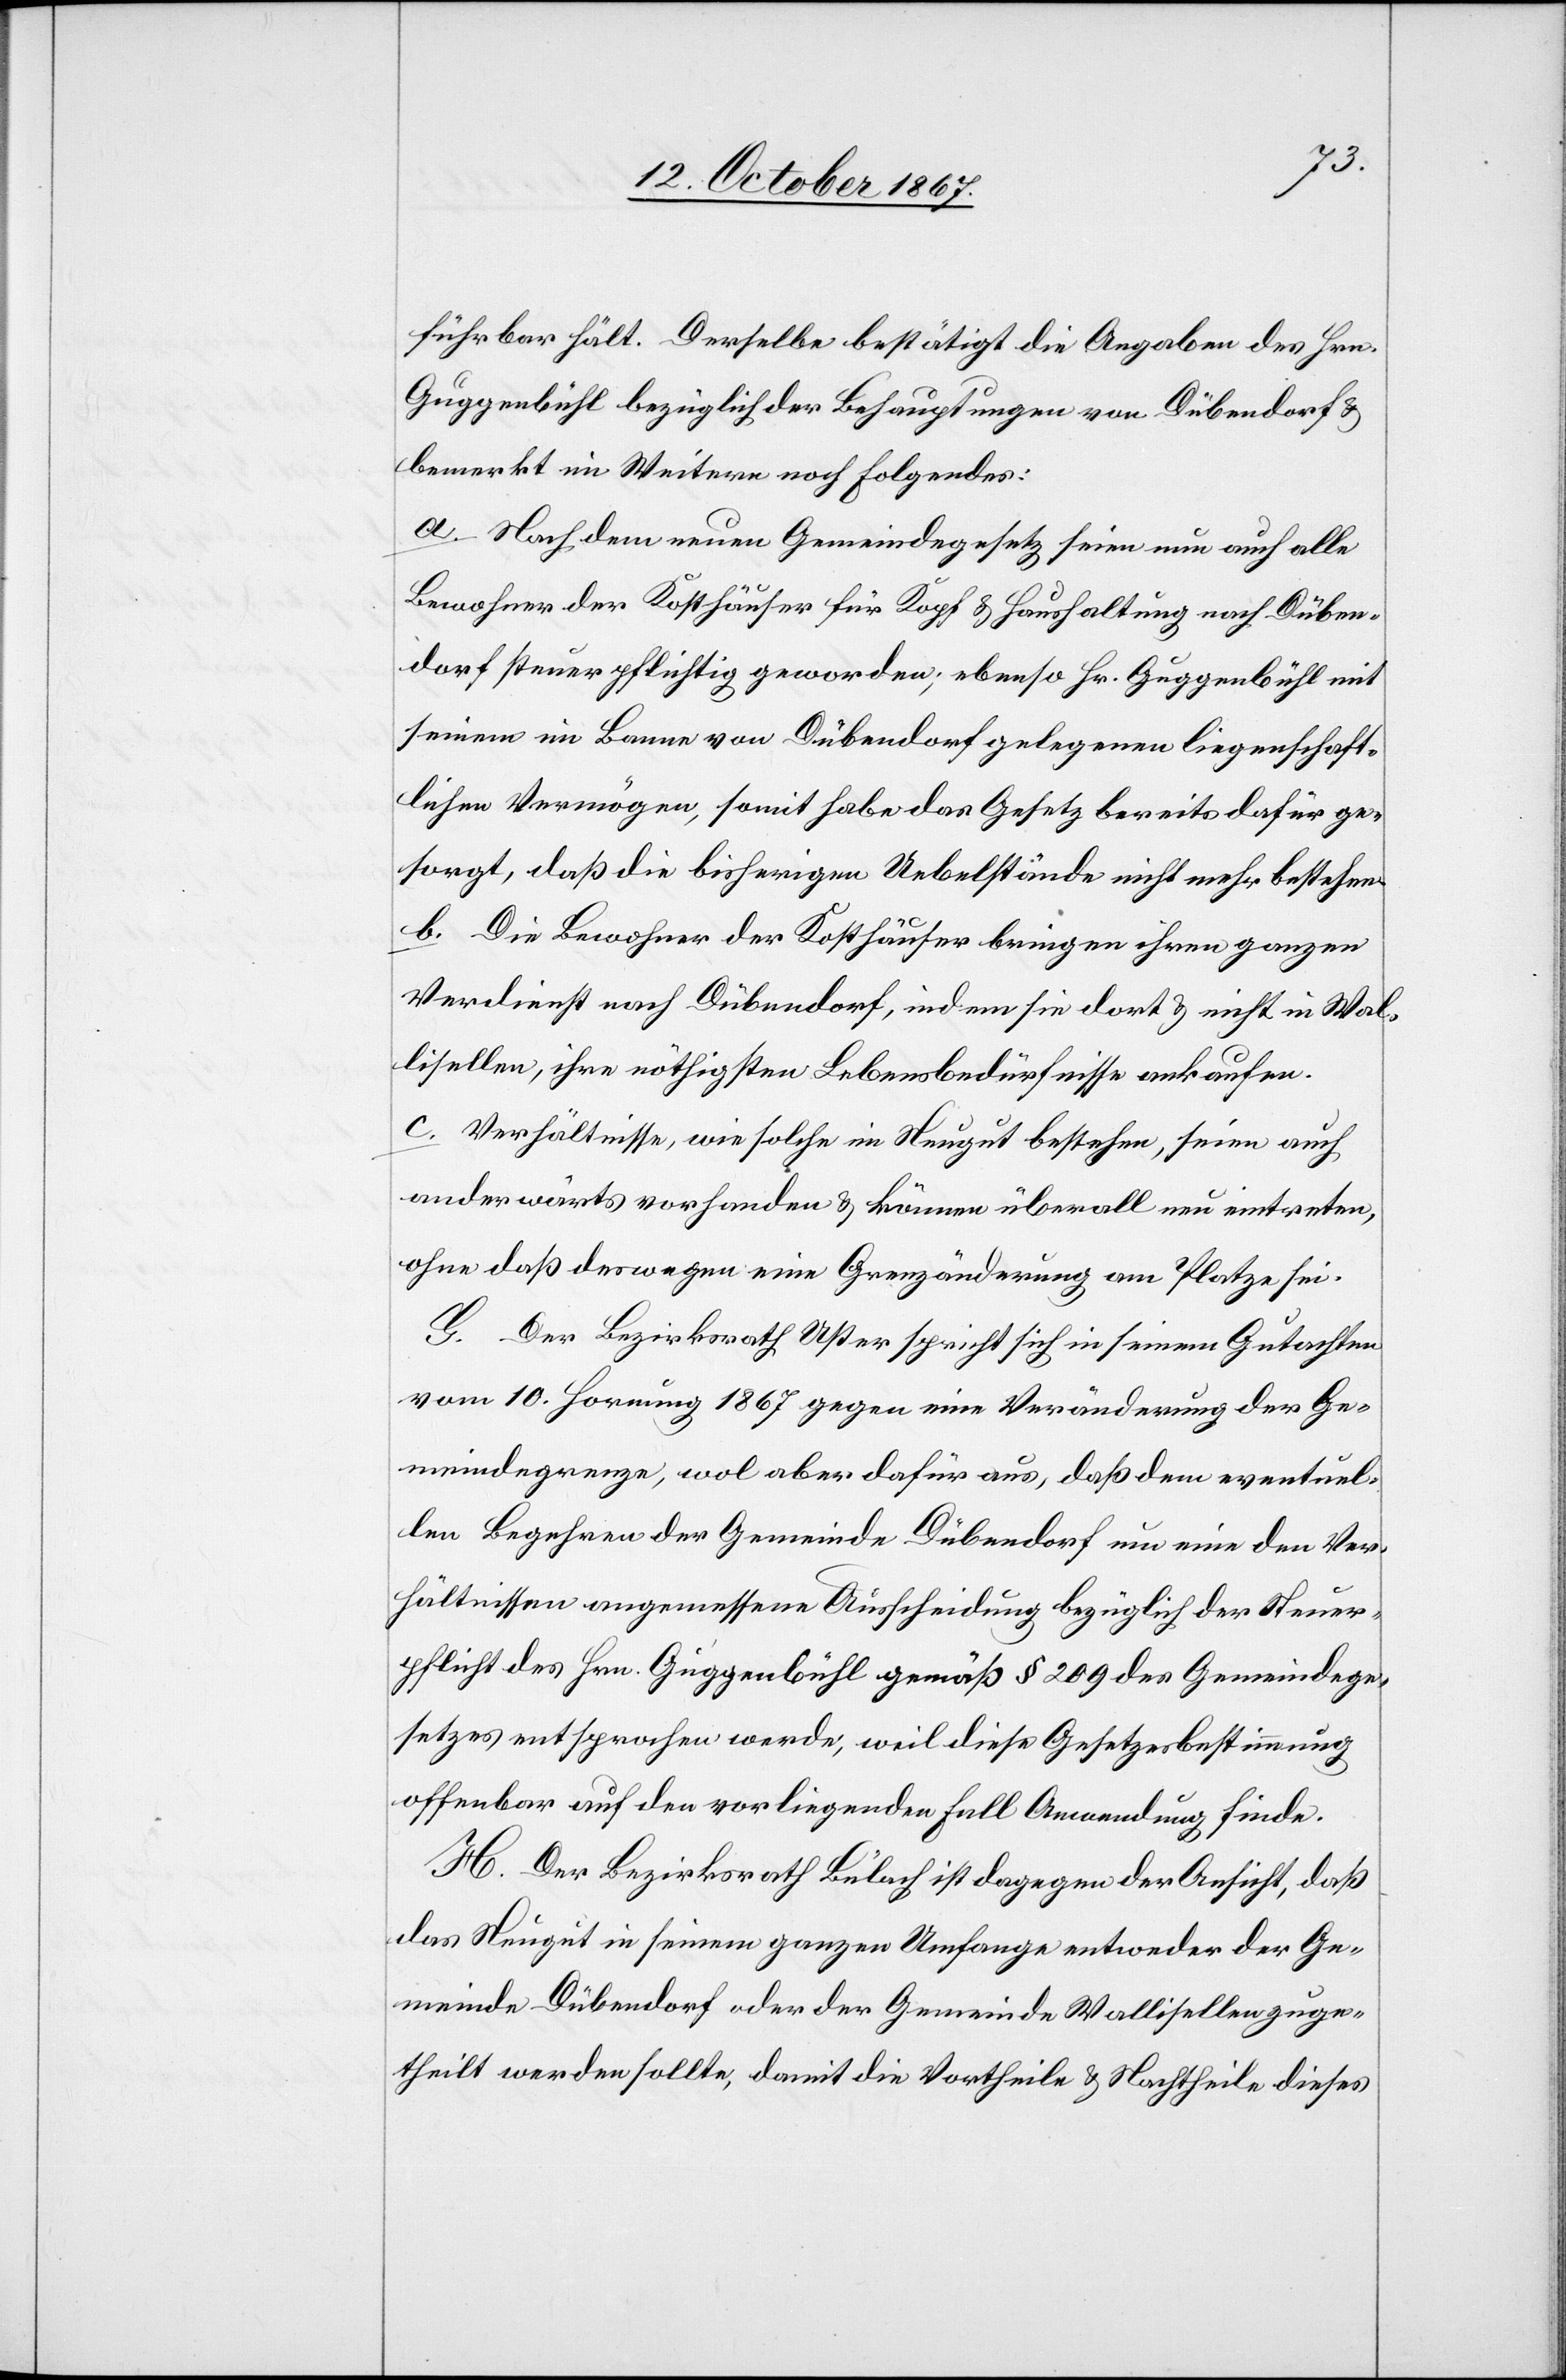
führbar hält. Derselbe bestätigt die Angaben des Hrn.
Guggenbühl bezüglich der Behauptungen von Dübendorf u.
bemerkt im Weitern noch Folgendes:
a. Nach dem neuen Gemeindegesetz seien nun auch alle
Bewohner der Kosthäuser für Kopf u. Haushaltung nach Düben¬
dorf steuerpflichtig geworden; ebenso Hr. Guggenbühl mit
seinem im Banne von Dübendorf gelegenen liegenschaft¬
lichen Vermögen, somit habe das Gesetz bereits dafür ge¬
sorgt, daß die bisherigen Uebelstände nicht mehr bestehen.
b. Die Bewohner der Kosthäuser bringen ihren ganzen
Verdienst nach Dübendorf, indem sie dort u. nicht in Wal¬
lisellen, ihre nöthigsten Lebensbedürfnisse ankaufen.
c. Verhältnisse, wie solche im Neugut bestehen, seien auch
anderwärts vorhanden u. können überall neu eintreten,
ohne daß deswegen eine Grenzänderung am Platze sei.
G. Der Bezirksrath Uster spricht sich in seinem Gutachten
vom 10. Hornung 1867 gegen eine Veränderung der Ge¬
meindegrenze, wol aber dafür aus, daß dem eventuel¬
len Begehren der Gemeinde Dübendorf um eine den Ver¬
hältnissen angemessene Ausscheidung bezüglich der Steuer¬
pflicht des Hrn. Guggenbühl gemäß § 209 des Gemeindege¬
setzes entsprochen werde, weil diese Gesetzesbestimmung
offenbar auf den vorliegenden Fall Anwendung finde.
H. Der Bezirksrath Bülach ist dagegen der Ansicht, daß
das Neugut in seinem ganzen Umfange entweder der Ge¬
meinde Dübendorf oder der Gemeinde Wallisellen zuge¬
theilt werden sollte, damit die Vortheile u. Nachtheile dieses